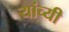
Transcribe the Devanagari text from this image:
यांच्यी